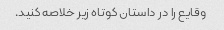
وقایع را در داستان کوتاه زیر خلاصه کنید.